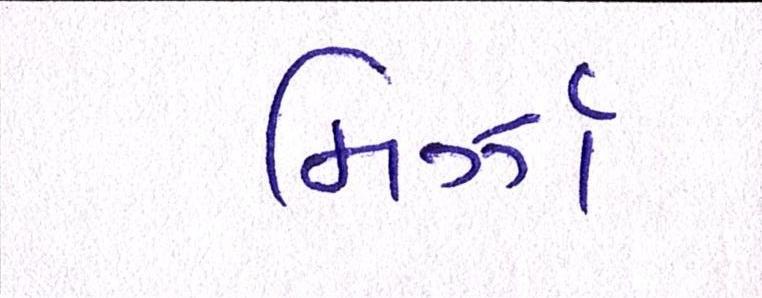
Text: મિર્ઝા